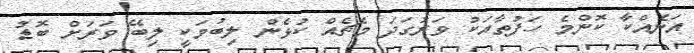
އަނެއްކާ ކޮންމެ ހަފުތާއަކު ވަރުގަދަ މެޗެއް ކުޅެން ލިބުމަކީ ލިބޭ ވަރަށް ބޮޑު